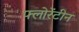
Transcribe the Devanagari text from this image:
फ्लोरेंटीन